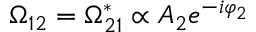
\Omega _ { 1 2 } = \Omega _ { 2 1 } ^ { * } \propto A _ { 2 } e ^ { - i \varphi _ { 2 } }